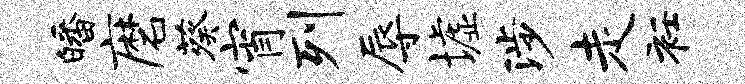
皤磨葵宵列辱墟涉走衽